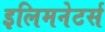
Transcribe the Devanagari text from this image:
इलिमनेटर्स